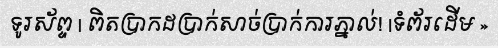
ទូរស័ព្ទ | ពិតប្រាកដប្រាក់សាច់ប្រាក់ការភ្នាល់! |ទំព័រដើម »